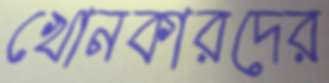
খোনকারদের